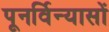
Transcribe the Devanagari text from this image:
पूनर्विन्यासों